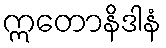
ဣတောနိဒါနံ